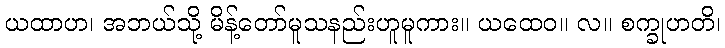
ယထာဟ၊ အဘယ်သို့ မိန့်တော်မူသနည်းဟူမူကား။ ယထေဝ။ လ။ စက္ခုဟတိ၊